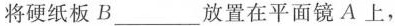
将硬纸板B___放置在平面镜A上，